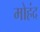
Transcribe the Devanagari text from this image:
मोहंद